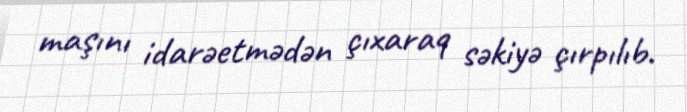
maşını idarəetmədən çıxaraq səkiyə çırpılıb.